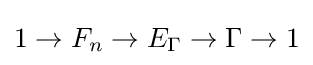
1\to F_{n}\to E_{\Gamma }\to \Gamma \to 1